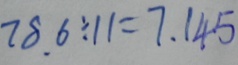
7 8 . 6 \div 1 1 = 7 . 1 4 5